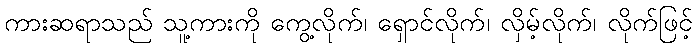
ကားဆရာသည် သူ့ကားကို ကွေ့လိုက်၊ ရှောင်လိုက်၊ လှိမ့်လိုက်၊ လိုက်ဖြင့်